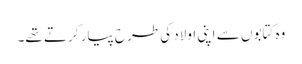
وہ کتابوں سے اپنی اولاد کی طرح پیار کرتے تھے۔